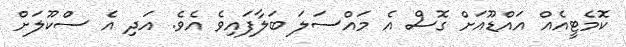
ކޮމެޓީއެއް އައްޑޫއަށް ގޮސް އެ މައްސަލަ ބަލާފައިވެ އެވެ. އަދި އެ ސްކޫލަށް